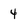
Character: 4